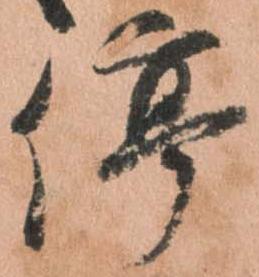
停